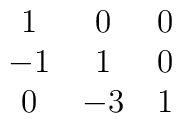
\matrix{ 1 & 0 & 0  \cr                -1 & 1 & 0  \cr                 0 &-3 & 1  \cr}